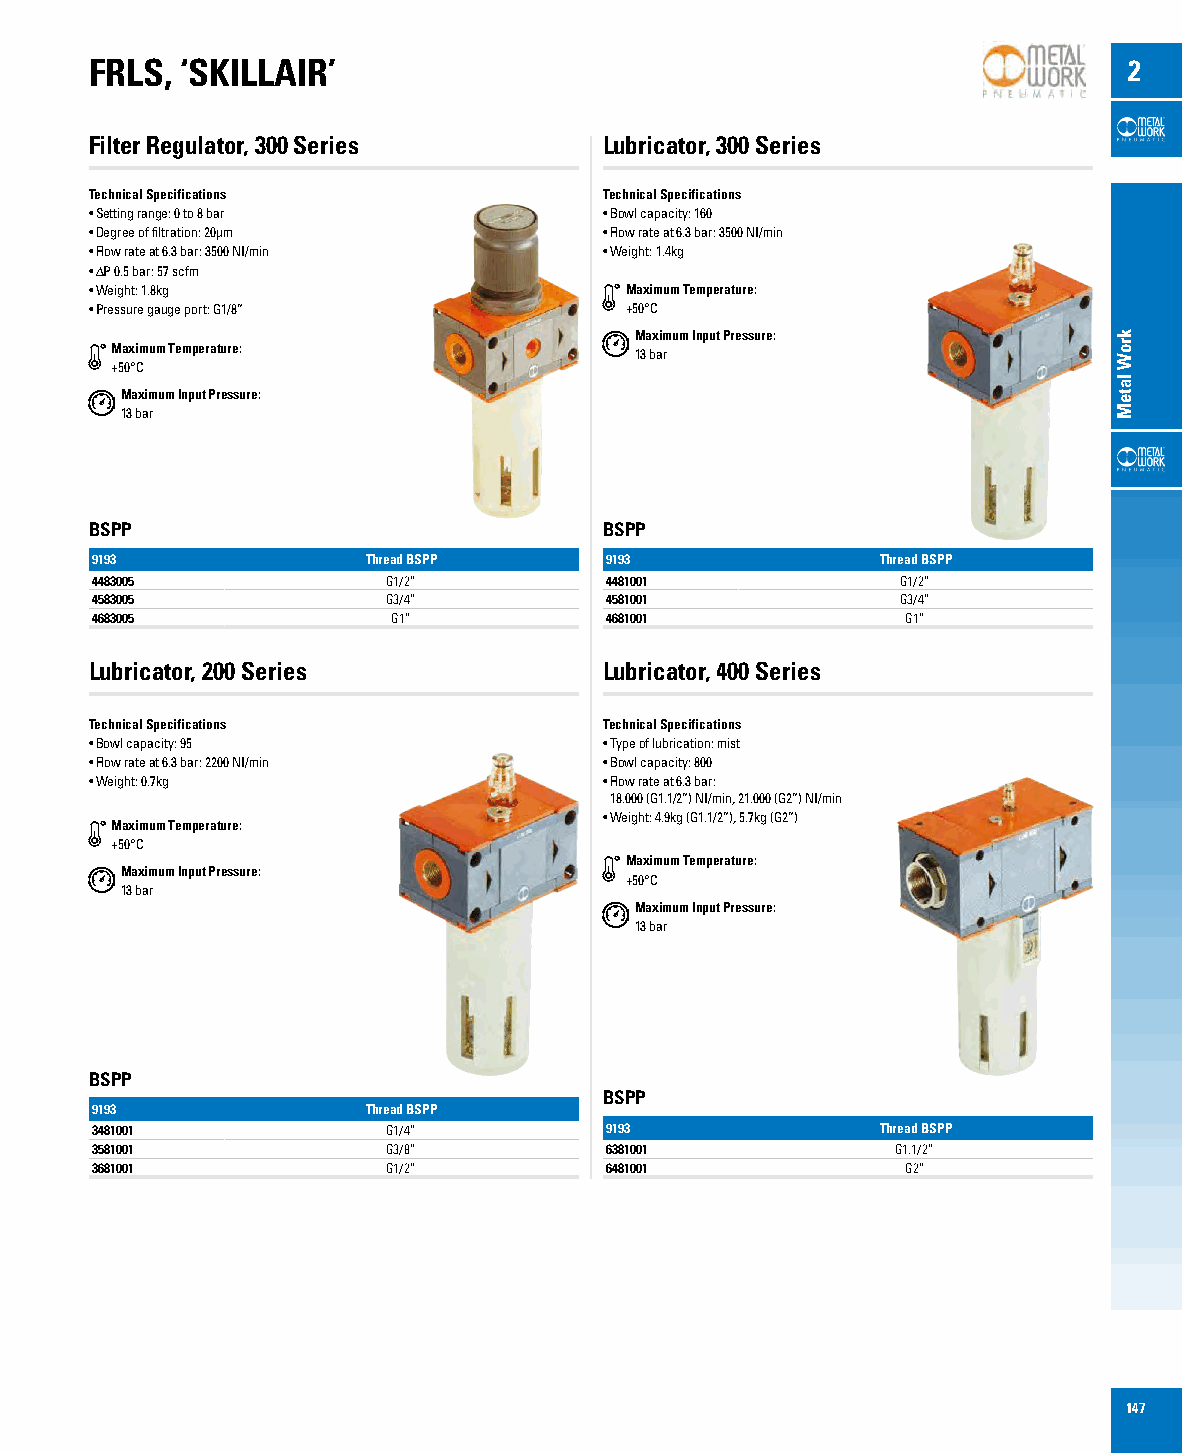
FRLS, ‘SKILLAIR’                                                     2
 Filter Regulator, 300 Series      Lubricator, 300 Series
 Technical Specifications          Technical Specifications
 • Setting range: 0 to 8 bar       • Bowl capacity: 160
 • Degree of filtration: 20µm      • Flow rate at 6.3 bar: 3500 NI/min
 • Flow rate at 6.3 bar: 3500 NI/min • Weight: 1.4kg
 • ∆P 0.5 bar: 57 scfm
 • Weight: 1.8kg                    Maximum Temperature:
 • Pressure gauge port: G1/8”       +50°C
 Maximum Input Pressure:
 Maximum Temperature:
 13 bar
 +50°C
 Maximum Input Pressure:
 13 bar
 BSPP                              BSPP
 9193              Thread BSPP     9193              Thread BSPP
 4483005             G1/2”         4481001             G1/2”
 4583005             G3/4”         4581001             G3/4”
 4683005             G1”           4681001             G1”
 Lubricator, 200 Series            Lubricator, 400 Series
 Technical Specifications          Technical Specifications
 • Bowl capacity: 95               • Type of lubrication: mist
 • Flow rate at 6.3 bar: 2200 NI/min • Bowl capacity: 800
 • Weight: 0.7kg                   • Flow rate at 6.3 bar:
 18.000 (G1.1/2”) NI/min, 21.000 (G2”) NI/min
 • Weight: 4.9kg (G1.1/2”), 5.7kg (G2”)
 Maximum Temperature:
 +50°C
 Maximum Temperature:
 Maximum Input Pressure:
 +50°C
 13 bar
 Maximum Input Pressure:
 13 bar
 BSPP
 BSPP
 9193              Thread BSPP
 3481001             G1/4”         9193              Thread BSPP
 3581001             G3/8”         6381001            G1.1/2”
 3681001             G1/2”         6481001             G2”
 147
 kroW
 lateM